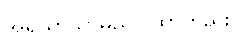
အရိယာသာမညဂါထာတည်း)